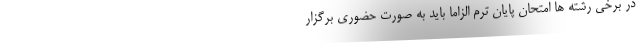
در برخی رشته ها امتحان پایان ترم الزاماً باید به صورت حضوری برگزار